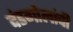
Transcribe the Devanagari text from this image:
दंडगोलांची